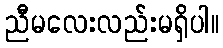
ညီမလေးလည်းမရှိပါ။